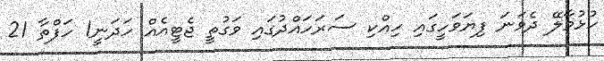
ހުޅުމާލޭ ދެވަނަ ފިޔަވަހީގައި ހިއްކި ސަރަހައްދުގައި ވަގުތީ ޖެޓީއެއް ހަދަނީ1 ހަފްތާ 21